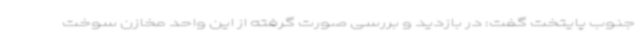
جنوب پایتخت گفت: در بازدید و بررسی صورت گرفته از این واحد مخازن سوخت